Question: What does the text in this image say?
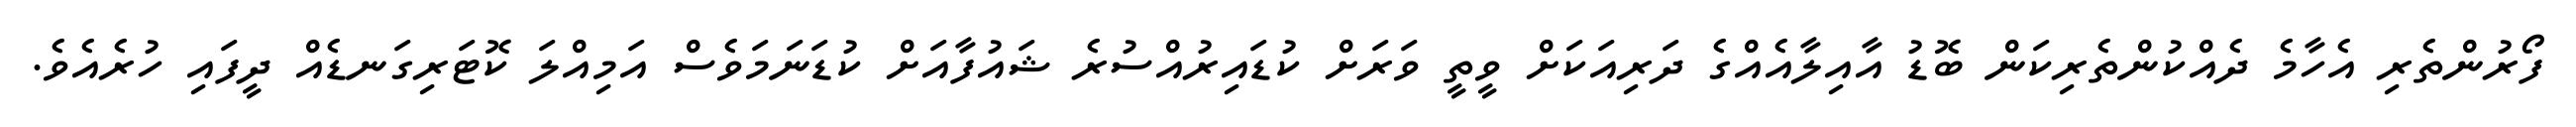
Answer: ފޯރުންތެރި އެހާމެ ދެއްކުންތެރިކަން ބޮޑު އާއިލާއެއްގެ ދަރިއަކަށް ވީތީ ވަރަށް ކުޑައިރުއްސުރެ ޝައުފާއަށް ކުޑަނަމަވެސް އަމިއްލަ ކޮޓަރިގަނޑެއް ދީފައި ހުރެއެވެ.